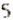
5